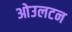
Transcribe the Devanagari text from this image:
ओउलटन